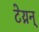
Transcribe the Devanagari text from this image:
टेय्रन्